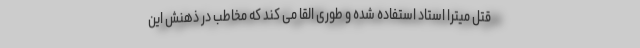
قتل میترا استاد استفاده شده و طوری القا می کند که مخاطب در ذهنش این